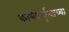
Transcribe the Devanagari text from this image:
कार्यकर्तृत्वाच्या